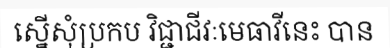
ស្នើសុំប្រកប វិជ្ជាជីវៈមេធាវីនេះ បាន